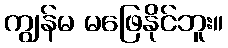
ကျွန်မ မဖြေနိုင်ဘူး။